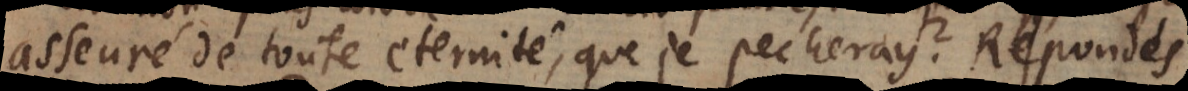
asseuré de toute eternité, que je pecheray? Répondés